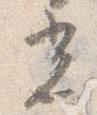
光